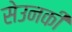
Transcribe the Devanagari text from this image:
सेउनकी